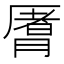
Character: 𬂈